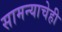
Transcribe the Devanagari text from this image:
सामन्याचेही